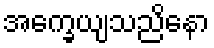
အက္ခေယျသညိနော